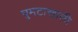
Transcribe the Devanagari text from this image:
घुमटाखाली